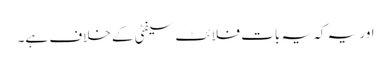
اور یہ کہ یہ بات فلائٹ سیفٹی کے خلاف ہے۔